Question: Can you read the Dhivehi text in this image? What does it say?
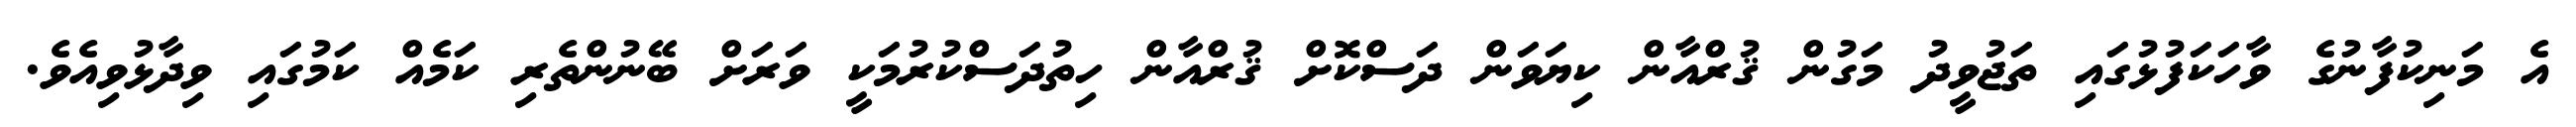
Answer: އެ މަނިކުފާނުގެ ވާހަކަފުޅުގައި ތަޖުވީދު މަގުން ޤުރްއާން ކިޔަވަން ދަސްކޮށް ޤުރްއާން ހިތުދަސްކުރުމަކީ ވަރަށް ބޭނުންތެރި ކަމެއް ކަމުގައި ވިދާޅުވިއެވެ.